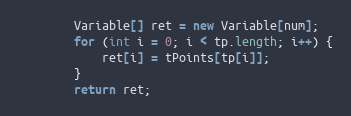
Language: Java
		Variable[] ret = new Variable[num];
		for (int i = 0; i < tp.length; i++) {
			ret[i] = tPoints[tp[i]];
		}
		return ret;